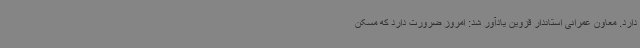
دارد. معاون عمرانی استاندار قزوین یادآور شد: امروز ضرورت دارد که مسکن